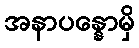
အနာပန္နောမှိ